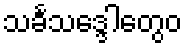
သင်္ခသဒ္ဒေါတွေဝ